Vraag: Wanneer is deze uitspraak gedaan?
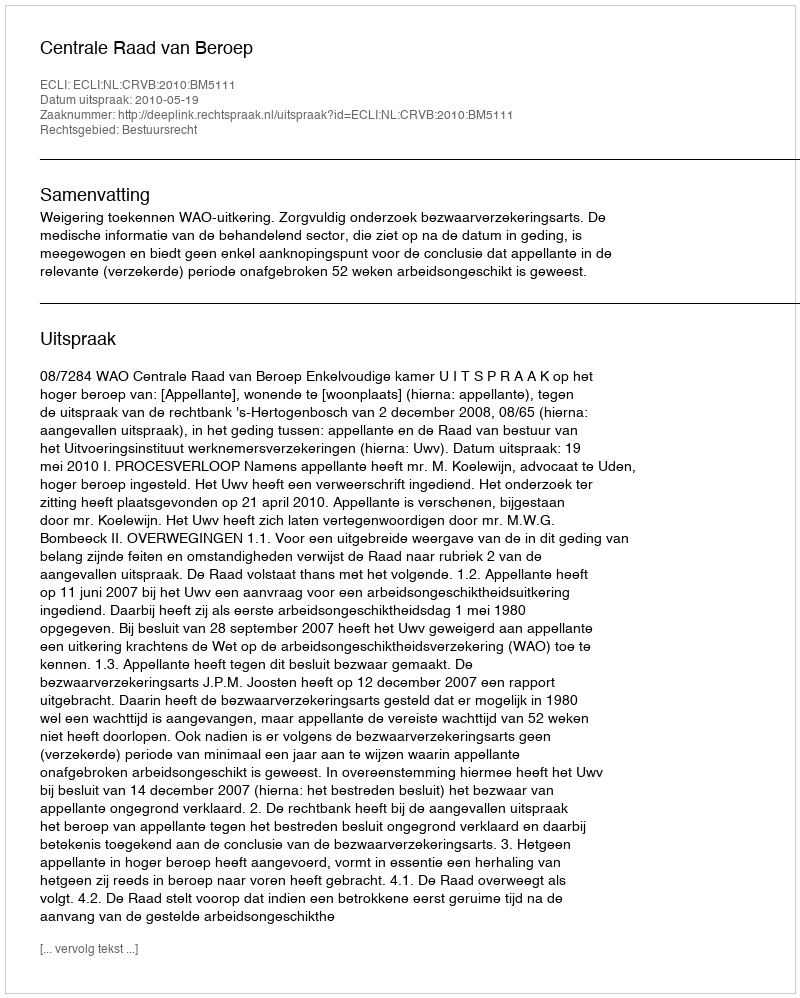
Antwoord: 2010-05-19